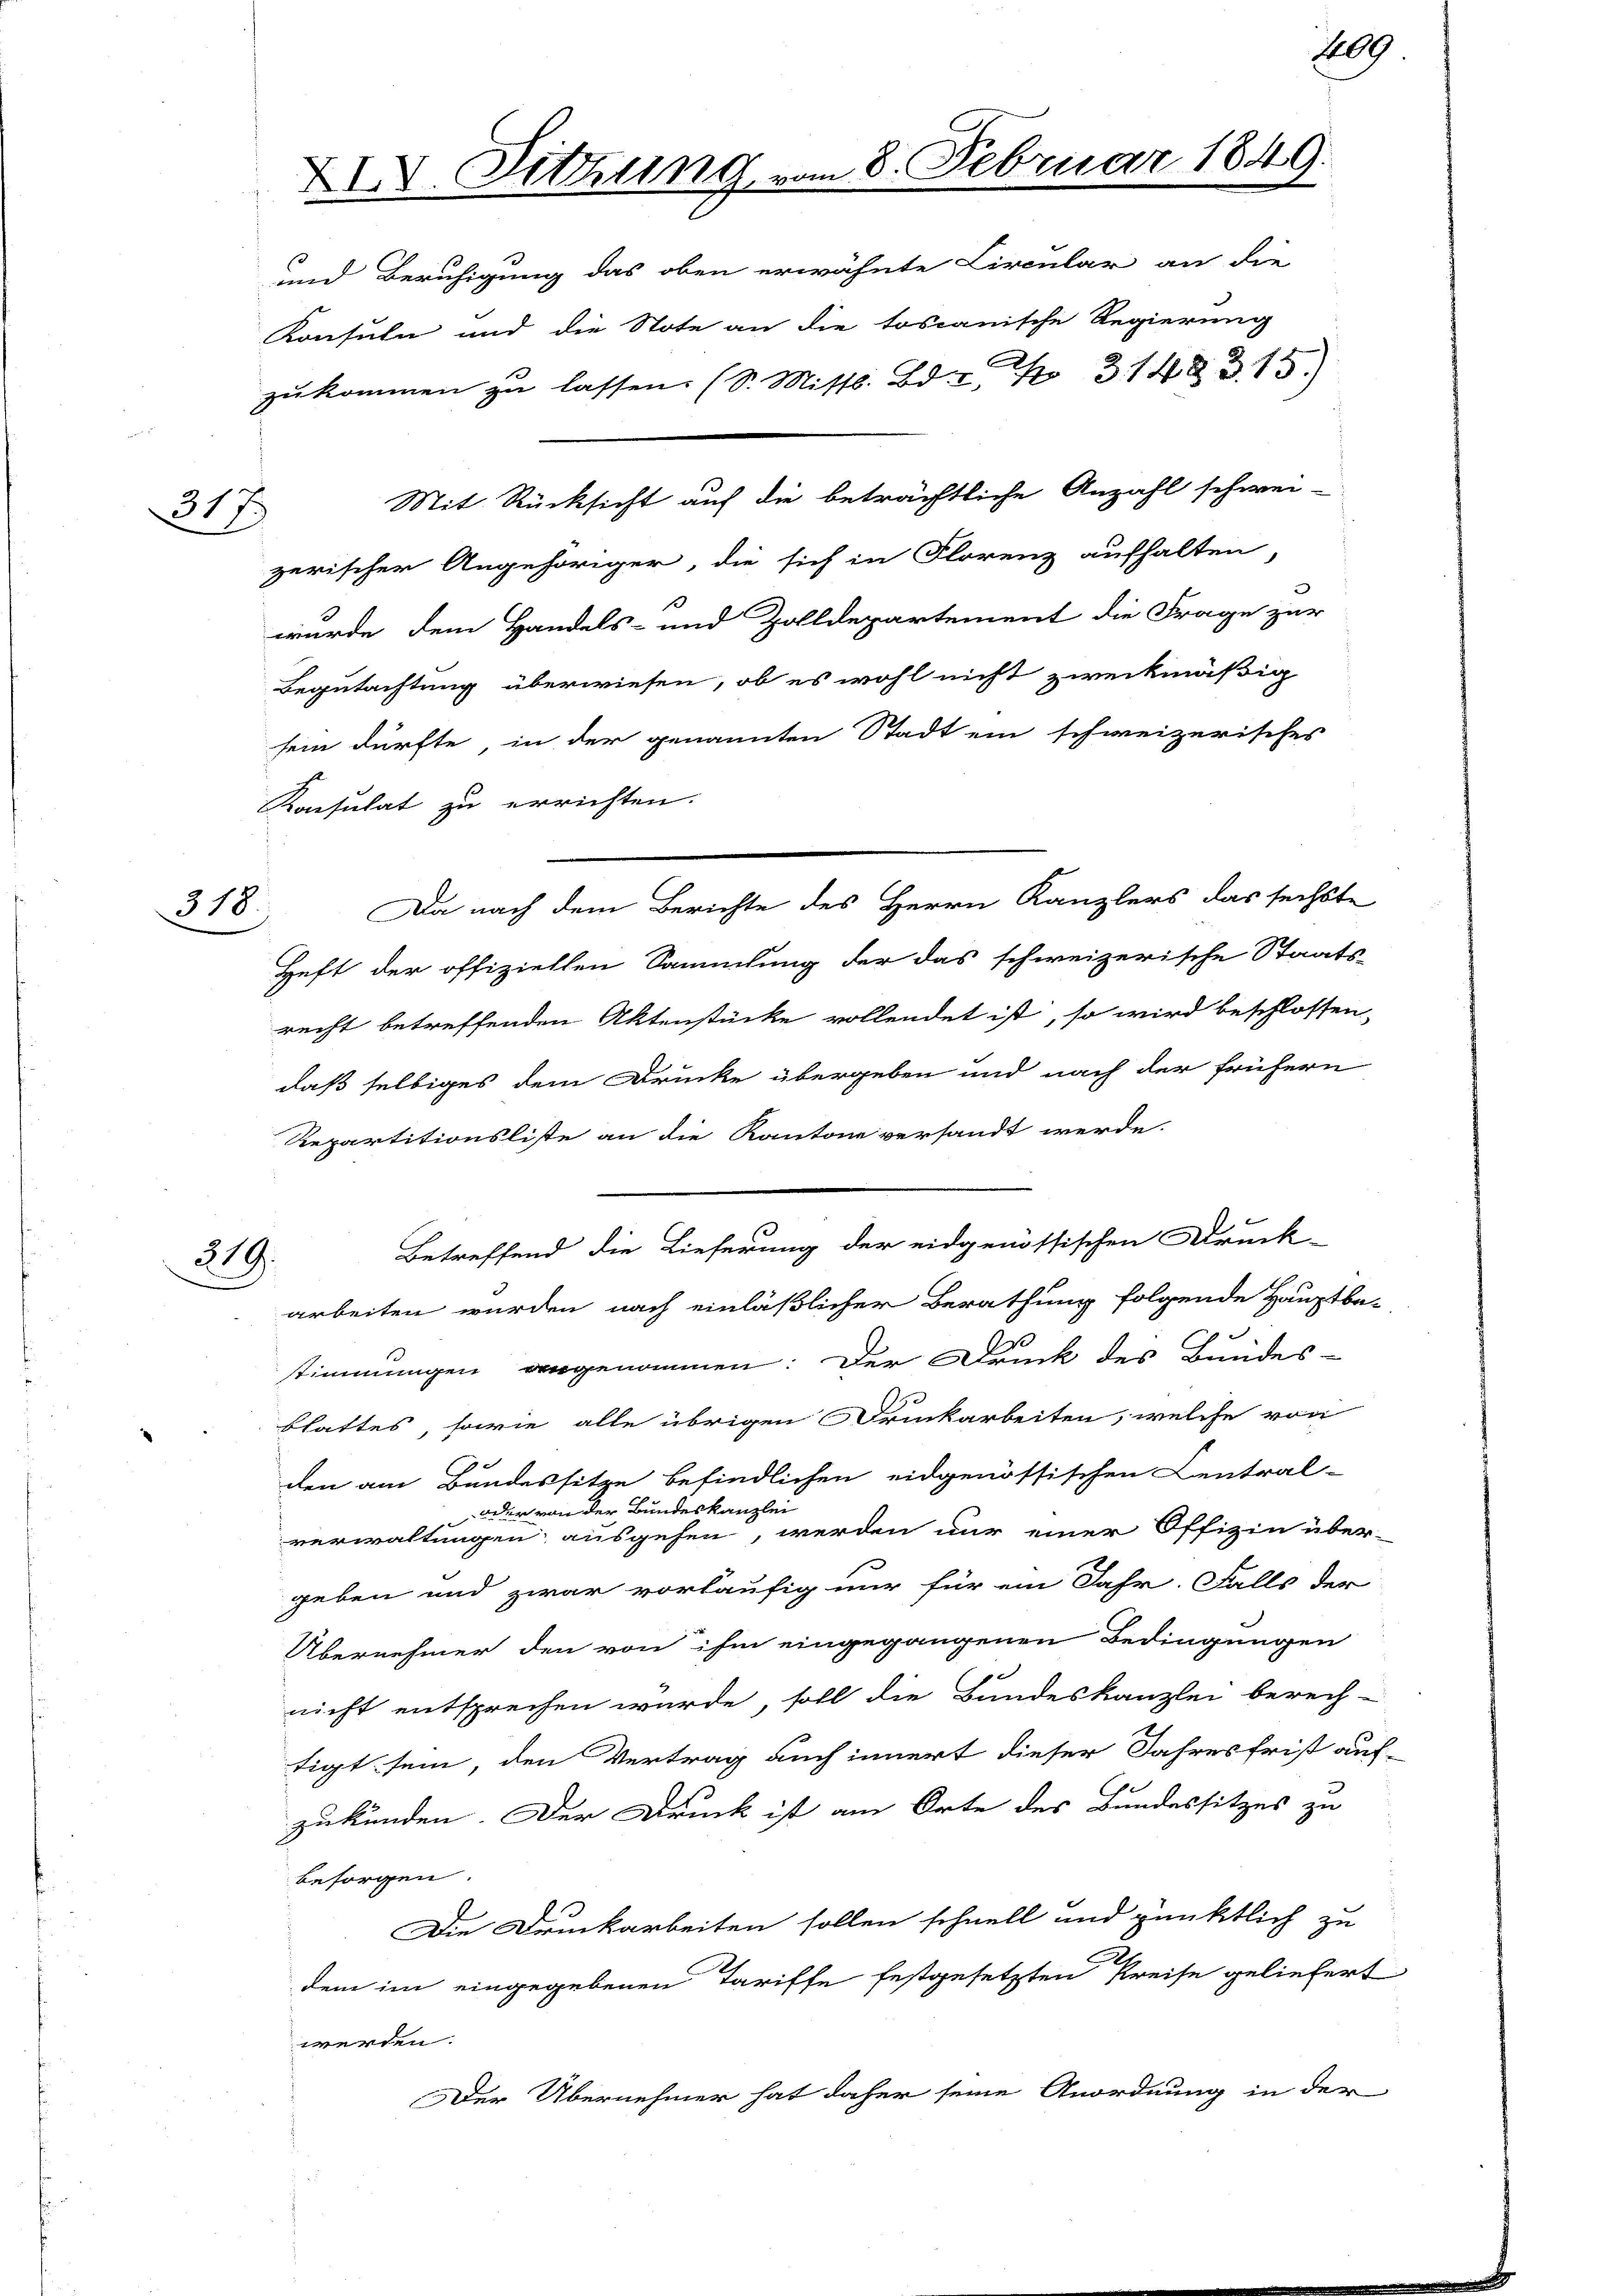
317

318.

219.

XII. Sitzung vom 8. Februar 1849.
und Beruhigung das oben erwähnte Circular an die

Mit Rücksicht auf die beträchtliche Anzahl schwei-
zerischer Angehöriger, die sich in Florenz aufhalten,
wurde dem Handels- und Zolldepartement die Frage zur
Begutachtung überwiesen, ob es wohl nicht zweckmäßig
sein dürfte, in der genannten Stadt ein schweizerisches
Konsulat zu errichten.
Da nach dem Berichte des Herrn Kanzlers das sechste
Heft der offiziellen Sammlung der das schweizerische Staats-
recht betreffenden Aktenstücke vollendet ist, so wird beschlossen,
daß selbiges dem Drucke übergeben und nach der frühern
Repartitionsliste an die Kantone versandt werde.
Betreffend die Lieferung der eidgenössischen Druck-
arbeiten wurden nach einläßlicher Berathung folgende Hauptbe-
stimmungen angenommen: Der Druck des Bundes-
blattes, sowie alle übrigen Druckarbeiten, welche von
den am Bundessitze befindlichen eidgenössischen Central-
dder von der Bundeskanzlei
verwaltungen, ausgehen, werden nur einer Offizin über-
geben und zwar vorläufig nur für ein Jahr. Falls der
Übernehmer den von ihm eingegangenen Bedingungen
nicht entsprechen würde, soll die Bundeskanzlei berech-
tigt sein, den Vertrag auch innert dieser Jahresfrist auf-
zukünden. Der Druck ist am Orte des Bundessitzes zu
besorgen.
Die Druckarbeiten sollen schnell und pünktlich zu
dem im eingegebenen Tariffe festgesetzten Preise geliefert
werden.
Der Übernehmer hat daher seine Anordnung in der

Konsuln und die Note an die toscanische Regierung
zŭkommen zŭ lassen. (S. Mitts. Bd. 31483. 15.)

109